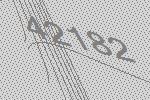
42182